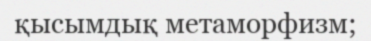
қысымдық метаморфизм;